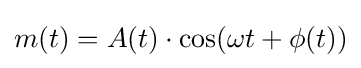
m(t)=A(t)\cdot \cos(\omega t+\phi (t))